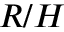
R / H